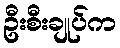
ဦးစီးချုပ်က